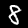
Label: 8